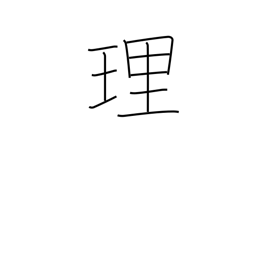
Meaning: justice